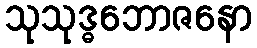
သုသုဒ္ဓဘောဇနော